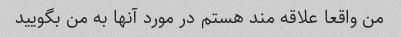
من واقعا علاقه مند هستم در مورد آنها به من بگویید